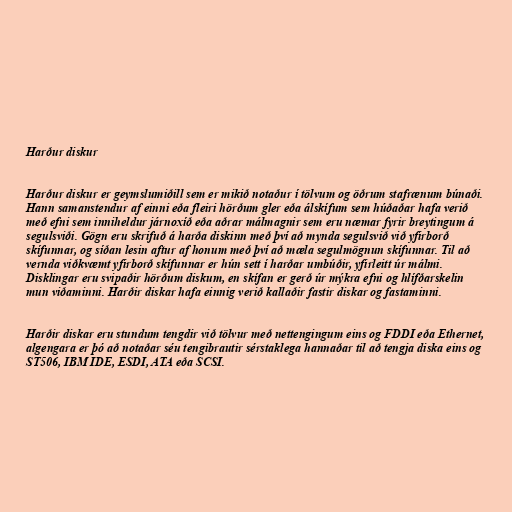
Harður diskur

Harður diskur er geymslumiðill sem er mikið notaður í tölvum og öðrum stafrænum búnaði.
Hann samanstendur af einni eða fleiri hörðum gler eða álskífum sem húðaðar hafa verið
með efni sem inniheldur járnoxíð eða aðrar málmagnir sem eru næmar fyrir breytingum á
segulsviði. Gögn eru skrifuð á harða diskinn með því að mynda segulsvið við yfirborð
skífunnar, og síðan lesin aftur af honum með því að mæla segulmögnun skífunnar. Til að
vernda viðkvæmt yfirborð skífunnar er hún sett í harðar umbúðir, yfirleitt úr málmi.
Disklingar eru svipaðir hörðum diskum, en skífan er gerð úr mýkra efni og hlífðarskelin
mun viðaminni. Harðir diskar hafa einnig verið kallaðir fastir diskar og fastaminni.

Harðir diskar eru stundum tengdir við tölvur með nettengingum eins og FDDI eða Ethernet,
algengara er þó að notaðar séu tengibrautir sérstaklega hannaðar til að tengja diska eins og
ST506, IBM IDE, ESDI, ATA eða SCSI.